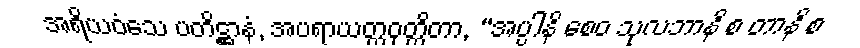
အရိယဝံသေ ပတိဋ္ဌာနံ, အပရာယတ္တဝုတ္တိတာ, “အပ္ပါနိ စေဝ သုလဘာနိ စ တာနိ စ